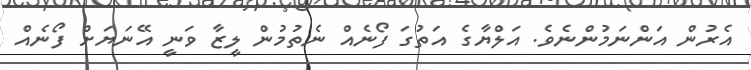
އެރުން އަންނަމުންނެވެ. އަލްޔާގެ އަތުގަ ފޯނެއް ނެތުމުން ލީޒާ ވަނީ އޭނަޔަށް ފޯނެއް